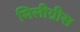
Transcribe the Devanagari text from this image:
मिलीग्रीस